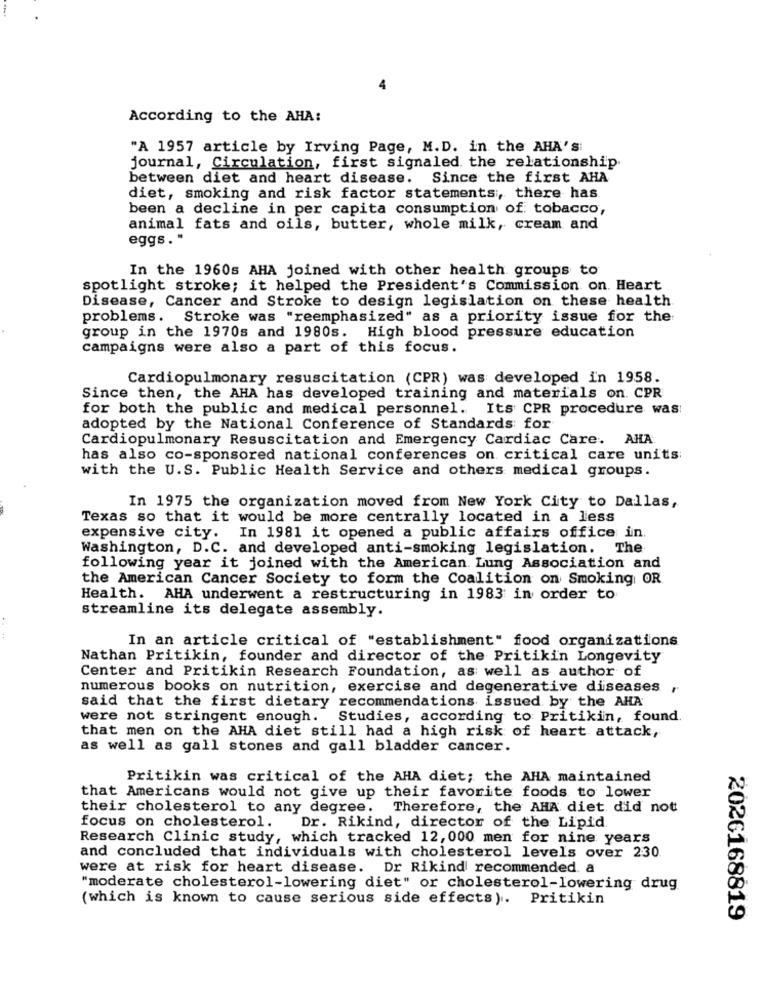
4
According to the AHA:
"A 1957 article by Irving Page, M.D. in the AHA'S:
journal, Circulation, first signaled the relationship.
between diet and heart disease. Since the first AHA
diet, smoking and risk factor statements ;, there has
been a decline in per capita consumption of tobacco,
animal fats and oils, butter, whole milk, cream and
eggs. "
In the 1960s AHA joined with other health groups to
spotlight stroke; it helped the President's Commission on. Heart
Disease, Cancer and Stroke to design legislation on these health
problems. Stroke was "reemphasized" as a priority issue for the
group in the 1970s and 1980s. High blood pressure education
campaigns were also a part of this focus.
Cardiopulmonary resuscitation (CPR) was developed in 1958.
Since then, the AHA has developed training and materials on. CPR
for both the public and medical personnel. Its CPR procedure was
adopted by the National Conference of Standards for
Cardiopulmonary Resuscitation and Emergency Cardiac Care. AHA
has also co-sponsored national conferences on critical care units
with the U.S. Public Health Service and others medical groups.
In 1975 the organization moved from New York City to Dallas,
Texas so that it would be more centrally located in a less
expensive city. In 1981 it opened a public affairs office in.
Washington, D.C. and developed anti-smoking legislation. The
following year it joined with the American. Lung Association and
the American Cancer Society to form the Coalition on Smoking OR
Health. AHA underwent a restructuring in 1983 in order to
streamline its delegate assembly.
In an article critical of "establishment" food organizations
Nathan Pritikin, founder and director of the Pritikin Longevity
Center and Pritikin Research Foundation, as well as author of
numerous books on nutrition, exercise and degenerative diseases ,
said that the first dietary recommendations issued by the AHA
were not stringent enough. Studies, according to Pritikin, found.
that men on the AHA diet still had a high risk of heart attack,
as well as gall stones and gall bladder cancer.
Pritikin was critical of the AHA diet; the AHA maintained
that Americans would not give up their favorite foods to lower
their cholesterol to any degree.
Therefore, the AHA diet did not
Dr. Rikind, director of the Lipid.
focus on cholesterol.
Research Clinic study, which tracked 12, 000 men for nine years
and concluded that individuals with cholesterol levels over 230
were at risk for heart disease. Dr Rikind recommended. a
"moderate cholesterol-lowering diet" or cholesterol-lowering drug
(which is known to cause serious side effects). Pritikin
2026168819